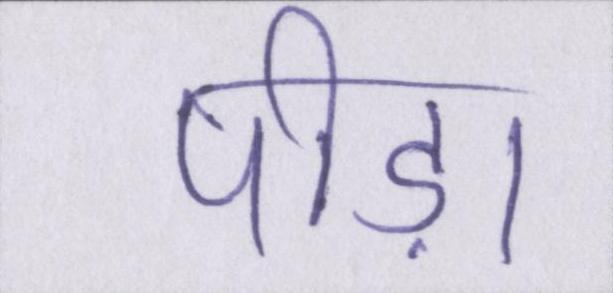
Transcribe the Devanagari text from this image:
पीड़ा